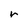
Character: r